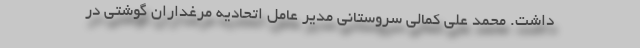
داشت. محمد علی کمالی سروستانی مدیر عامل اتحادیه مرغداران گوشتی در